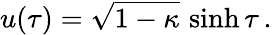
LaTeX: u(\tau)=\sqrt{1-\kappa}\, \sinh\tau\, .